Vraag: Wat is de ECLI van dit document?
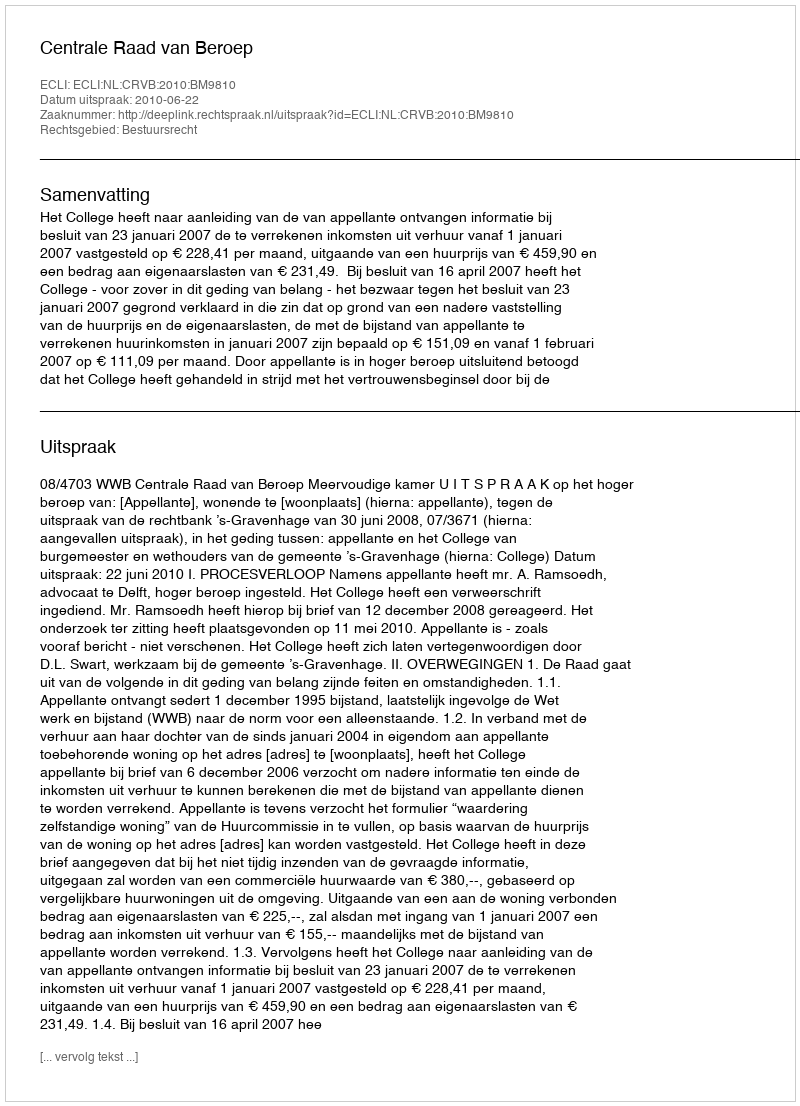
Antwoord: ECLI:NL:CRVB:2010:BM9810